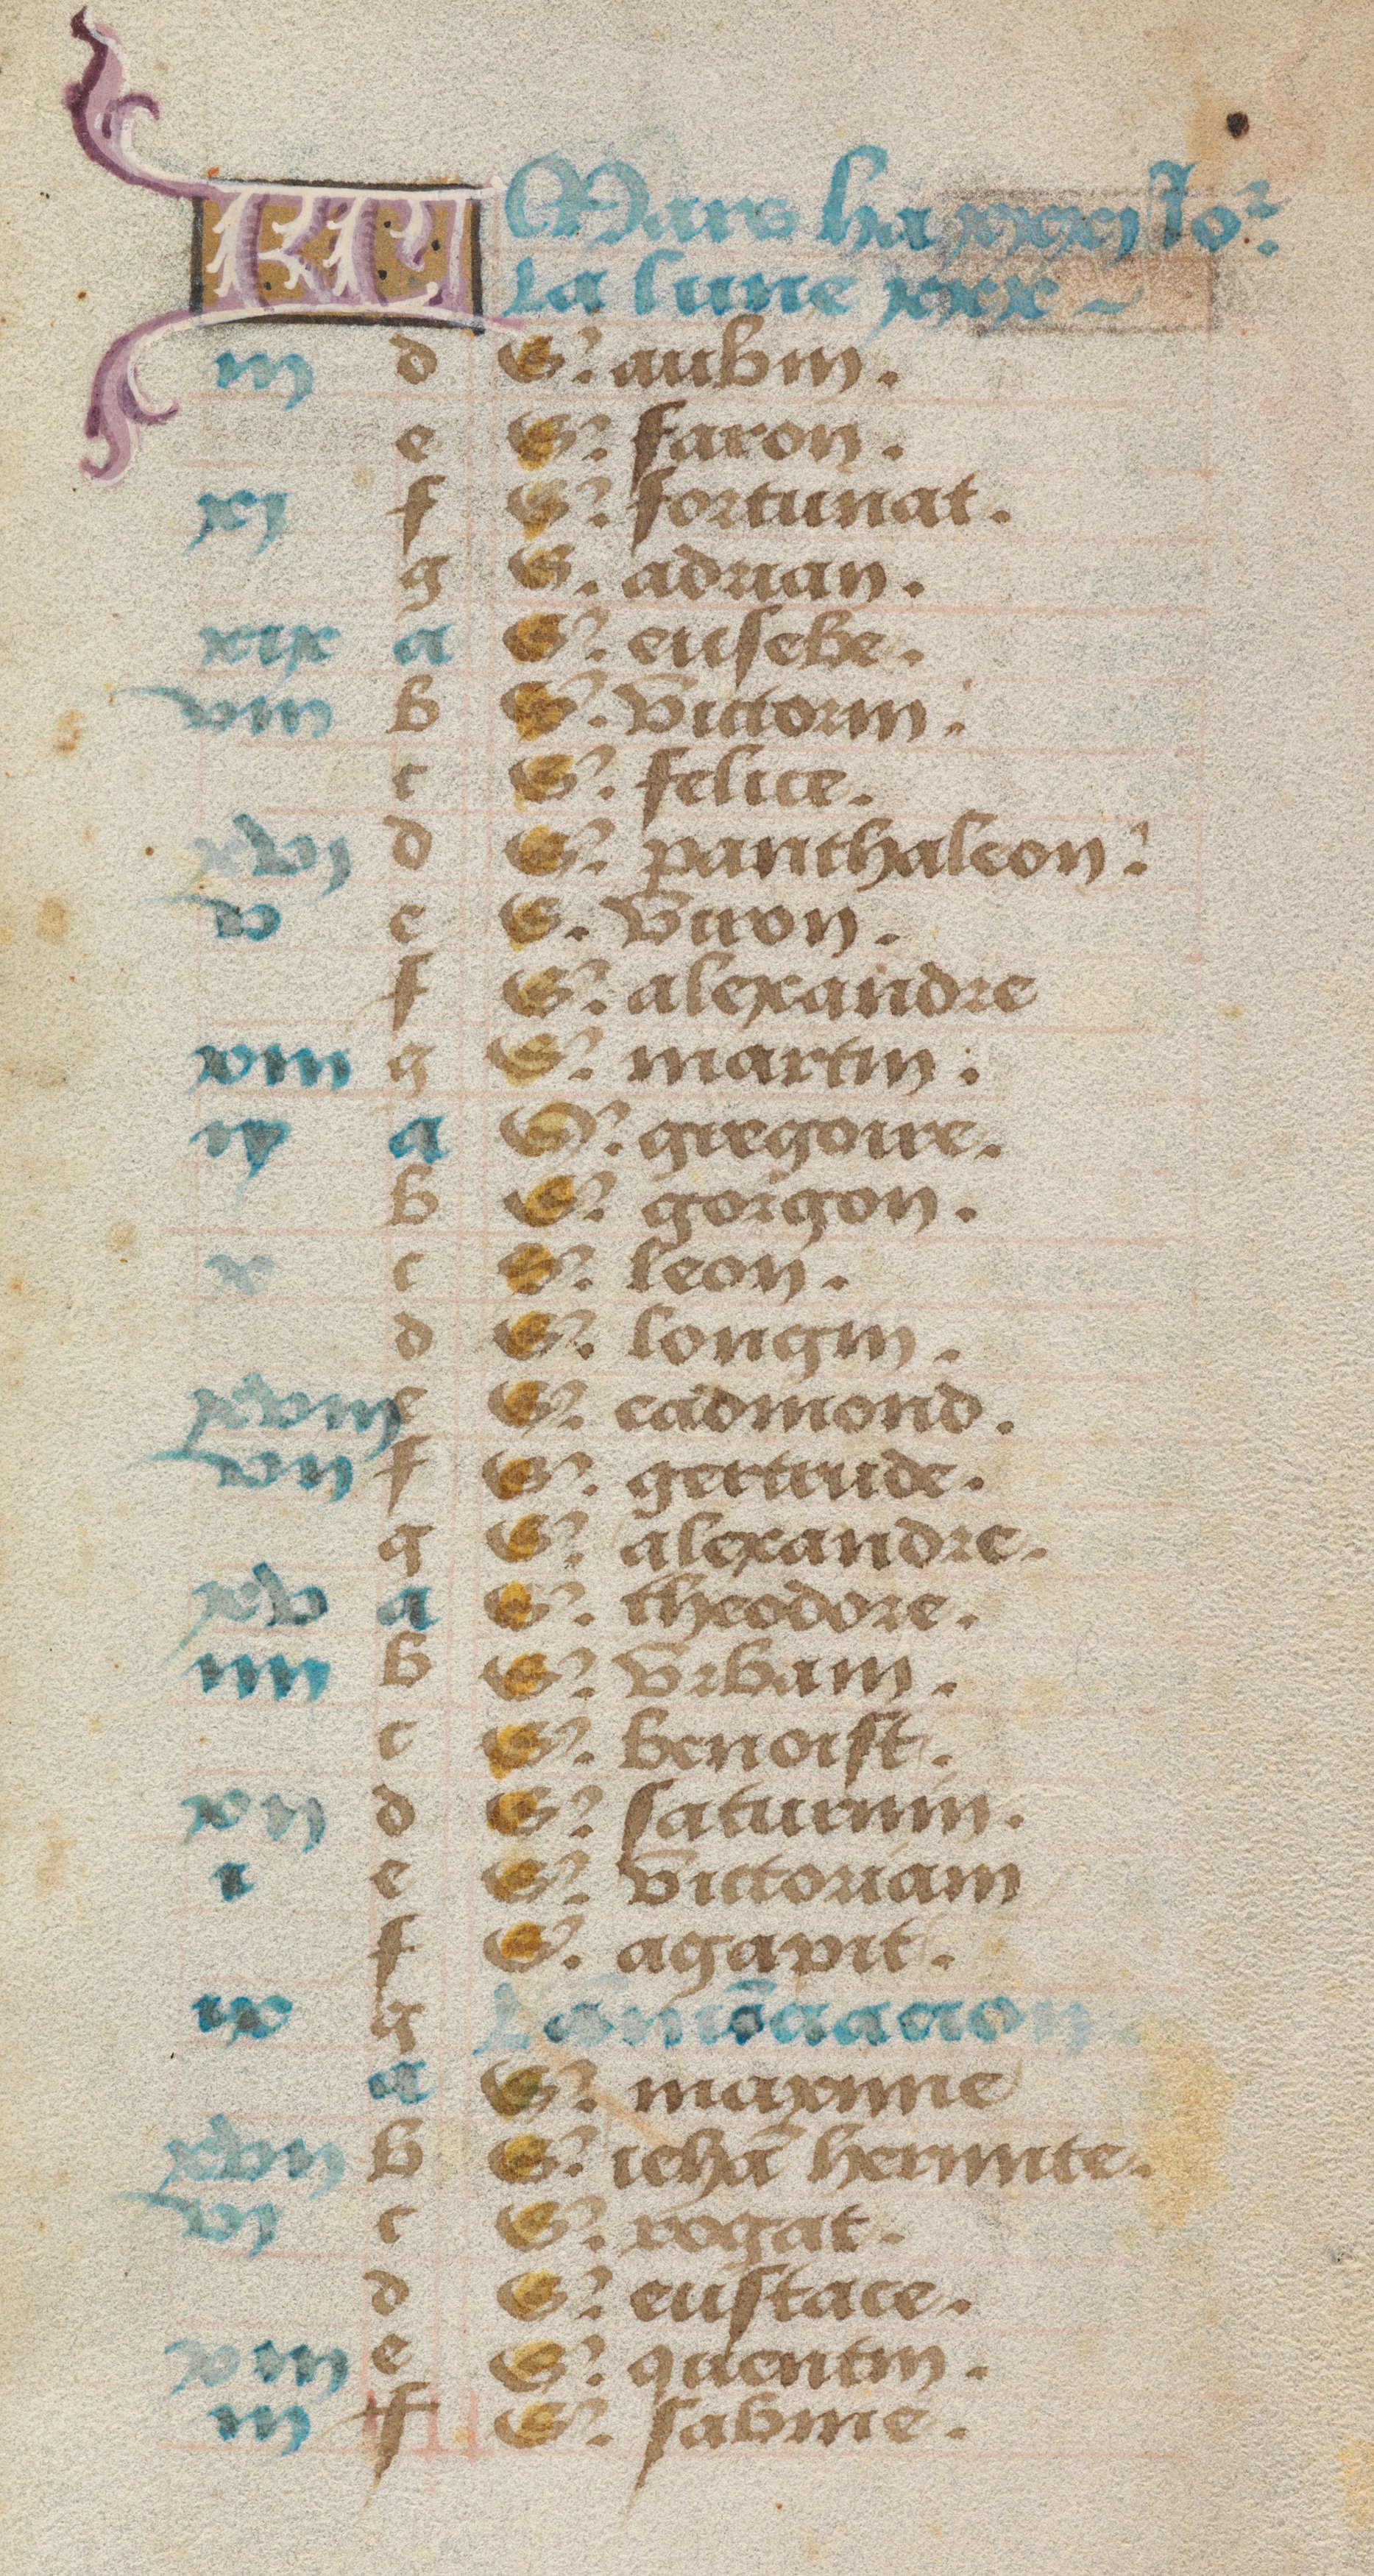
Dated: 1485–1515